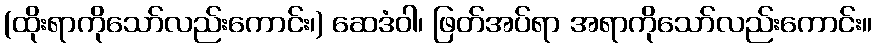
(ထိုးရာကိုသော်လည်းကောင်း၊) ဆေဒံဝါ၊ ဖြတ်အပ်ရာ အရာကိုသော်လည်းကောင်း။